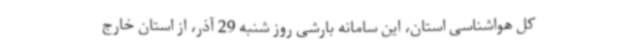
کل هواشناسی استان، این سامانه بارشی روز شنبه 29 آذر، از استان خارج